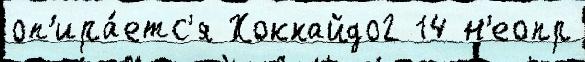
оп'ира́етс'я Хоккайдо2 14 н'еопр